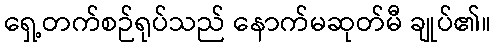
ရှေ့တက်စဉ်ရုပ်သည် နောက်မဆုတ်မီ ချုပ်၏။